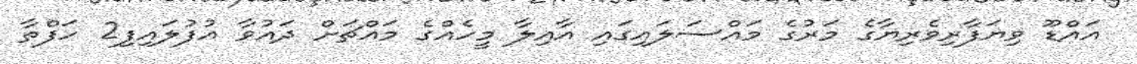
އައްޑޫ ވިޔަފާރިވެރިޔާގެ މަރުގެ މައްސަލައިގައި އާއިލާ މީހެއްގެ މައްޗަށް ދައުވާ އުފުލައިފި2 ހަފްތާ